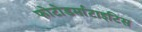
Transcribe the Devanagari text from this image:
फोटोडर्माटाइटिस